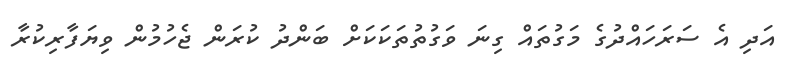
އަދި އެ ސަރަހައްދުގެ މަގުތައް ގިނަ ވަގުތުތަކަކަށް ބަންދު ކުރަން ޖެހުމުން ވިޔަފާރިކުރާ